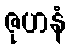
ဇုဟနံ